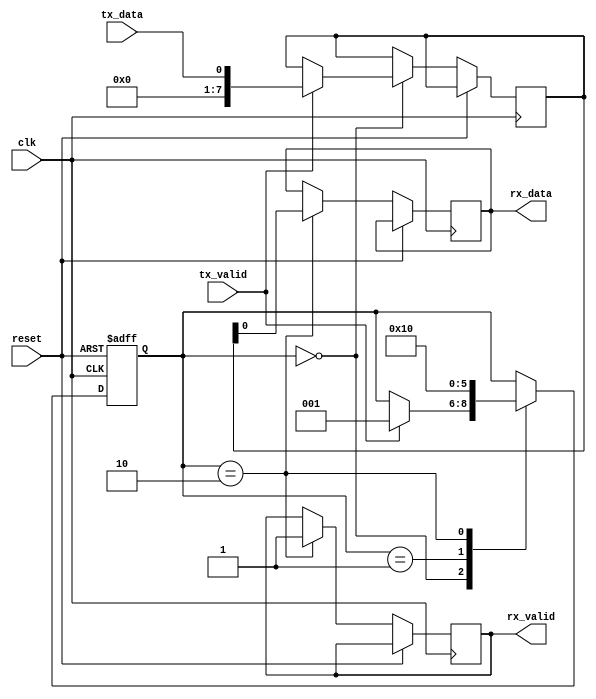
module usb_controller (
    input wire clk,
    input wire reset,
    input wire tx_data,
    input wire tx_valid,
    output reg rx_data,
    output reg rx_valid
);

reg [7:0] buffer;
reg [2:0] state;

always @(posedge clk or posedge reset) begin
    if (reset) begin
        state <= 0;
    end else begin
        case (state)
            0: begin
                   if (tx_valid) begin
                       buffer <= tx_data;
                       state <= 1;
                   end
               end
            1: begin
                   state <= 2;
               end
            2: begin
                   rx_data <= buffer;
                   rx_valid <= 1;
                   state <= 0;
               end
        endcase
    end
end

endmodule